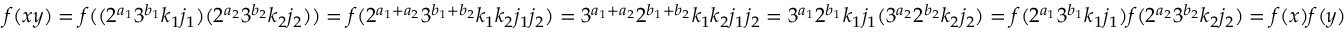
f ( x y ) = f ( ( 2 ^ { a _ { 1 } } 3 ^ { b _ { 1 } } k _ { 1 } j _ { 1 } ) ( 2 ^ { a _ { 2 } } 3 ^ { b _ { 2 } } k _ { 2 } j _ { 2 } ) ) = f ( 2 ^ { a _ { 1 } + a _ { 2 } } 3 ^ { b _ { 1 } + b _ { 2 } } k _ { 1 } k _ { 2 } j _ { 1 } j _ { 2 } ) = 3 ^ { a _ { 1 } + a _ { 2 } } 2 ^ { b _ { 1 } + b _ { 2 } } k _ { 1 } k _ { 2 } j _ { 1 } j _ { 2 } = 3 ^ { a _ { 1 } } 2 ^ { b _ { 1 } } k _ { 1 } j _ { 1 } ( 3 ^ { a _ { 2 } } 2 ^ { b _ { 2 } } k _ { 2 } j _ { 2 } ) = f ( 2 ^ { a _ { 1 } } 3 ^ { b _ { 1 } } k _ { 1 } j _ { 1 } ) f ( 2 ^ { a _ { 2 } } 3 ^ { b _ { 2 } } k _ { 2 } j _ { 2 } ) = f ( x ) f ( y )